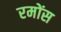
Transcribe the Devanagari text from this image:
रमोंस